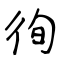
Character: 徇